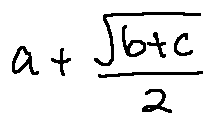
a + \frac { \sqrt { b + c } } { 2 }